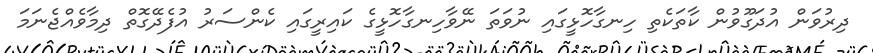
ދިރުވަން އުދަގޫވުން ކާތަކެތި ހިނގާހޮޅީގައި ނުވަތަ ނޭވާހިނގާހޮޅީގެ ކައިރީގައި ކެންސަރު އުފެދޭގޮތް ދިމާވެއްޖެނަމަ